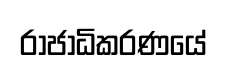
රාජාධිකරණයේ